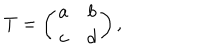
T = \left( \begin{array} { c c } { { a } } & { { b } } \\ { { c } } & { { d } } \\ \end{array} \right) ,